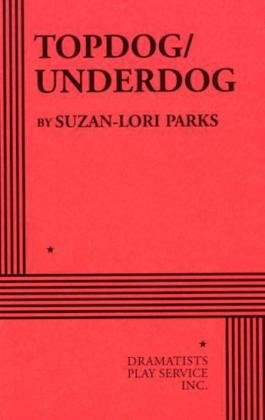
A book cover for Topdog/Underdog - Acting Edition; Suzan-Lori Parks; Humor & Entertainment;